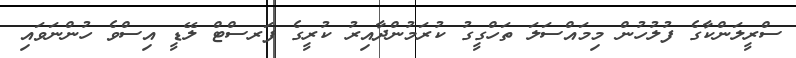
ސްރީލަންކާގެ ފުލުހުން މިމައްސަލަ ތަހްގީގު ކުރަމުންދާއިރު ކުރީގެ ފަރސްޓް ލޭޑީ އިސްވެ ހުންނަވައި